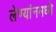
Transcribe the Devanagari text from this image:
लेण्यांनमध्ये